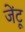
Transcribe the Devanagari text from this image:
जेंटू